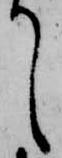
て